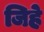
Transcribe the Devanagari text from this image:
जिहे